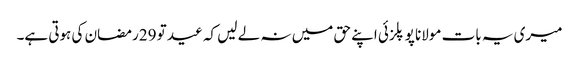
میری یہ بات مولانا پوپلزئی اپنے حق میں نہ لے لیں کہ عید تو 29رمضان کی ہوتی ہے۔